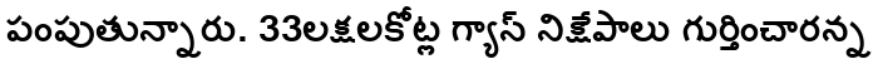
పంపుతున్నారు. 33లక్షలకోట్ల గ్యాస్ నిక్షేపాలు గుర్తించారన్న